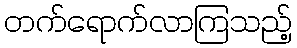
တက်ရောက်လာကြသည့်